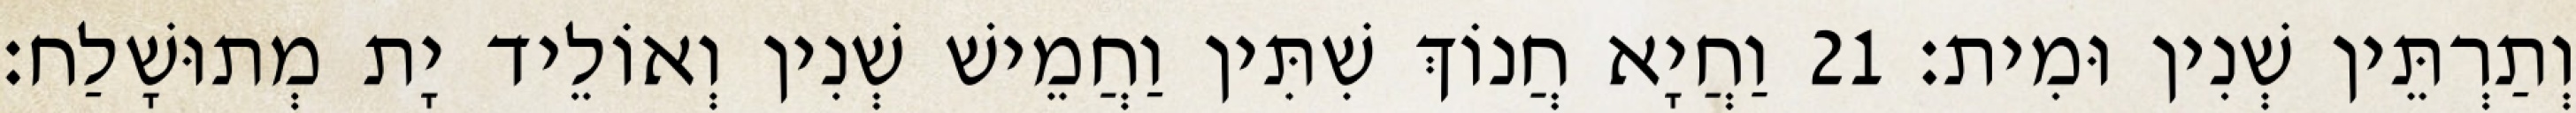
וְתַרְתֵּין שְׁנִין וּמִית׃ 21 וַחֲיָא חֲנוֹךְ שִׁתִּין וַחֲמֵישׁ שְׁנִין וְאוֹלֵיד יָת מְתוּשָׁלַח׃